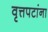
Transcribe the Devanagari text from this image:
वृत्तपटांना